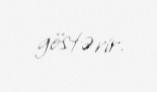
göstərir.